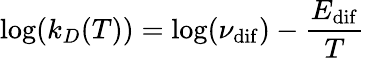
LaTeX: \log(k_{D}(T))=\log(\nu_{\mathrm{dif}})-\frac{E_{\mathrm{dif}}}{T}